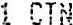
1 CTN